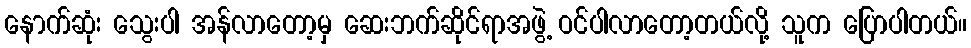
နောက်ဆုံး သွေးပါ အန်လာတော့မှ ဆေးဘက်ဆိုင်ရာအဖွဲ့ ဝင်ပါလာတော့တယ်လို့ သူက ပြောပါတယ်။